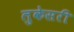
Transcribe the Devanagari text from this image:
लुकेसरी